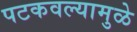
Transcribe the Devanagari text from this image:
पटकवल्यामुळे